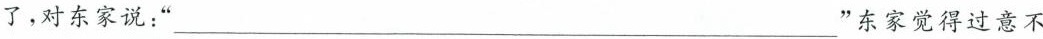
了，对东家说：”___”东家觉得过意不